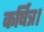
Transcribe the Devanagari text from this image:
कर्षित्र।